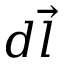
d \vec { l }